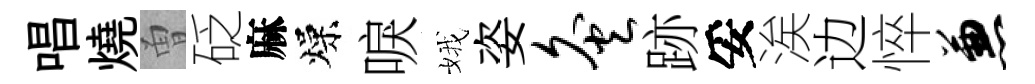
唱燒曽砭麻燥唳娥姿灸跡妥涘边悴兼